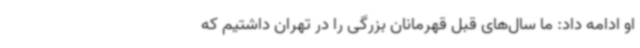
او ادامه داد: ما سال‌های قبل قهرمانان بزرگی را در تهران داشتیم که